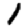
Digit: 1